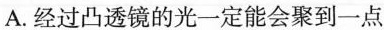
A.经过凸透镜的光一定能会聚到一点